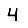
Digit: 4